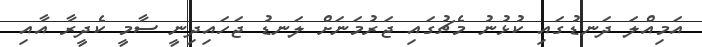
އަމިއްލަ ދަނޑުގައި ކުޅުނު މެޗުގައި ޖަރުމަނަށް ލަނޑު ޖަހައިދިނީ ސާމީ ކެދީރާ އާއި